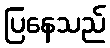
ပြနေသည်